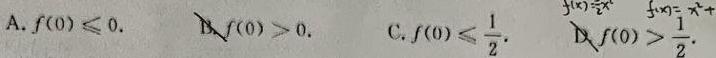
A. $f(0)\leqslant 0$.  B. $f(0)>0$.  C. $f(0)\leqslant \frac{1}{2}$.  D. $f(0)>\frac{1}{2}$.